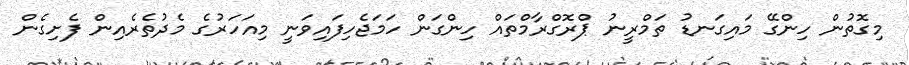
މިގޮތުން ހިންގޭ މައިގަނޑު ތަމްރީނު ޕްރޮގްރާމްތައް ހިންގަން ހަމަޖެހިފައިވަނީ މިއަހަރުގެ މެދުތެރެއިން ފެށިގެން